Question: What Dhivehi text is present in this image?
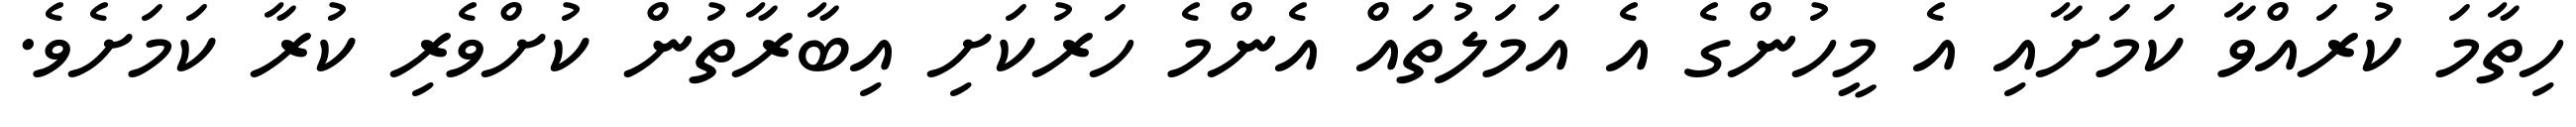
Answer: ހިތާމަ ކުރައްވާ ކަމަށާއި އެ މީހުންގެ އެ އަމަލުތައް އެންމެ ހަރުކަށި އިބާރާތުން ކުށްވެރި ކުރާ ކަމަށެވެ.